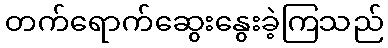
တက်ရောက်ဆွေးနွေးခဲ့ကြသည်